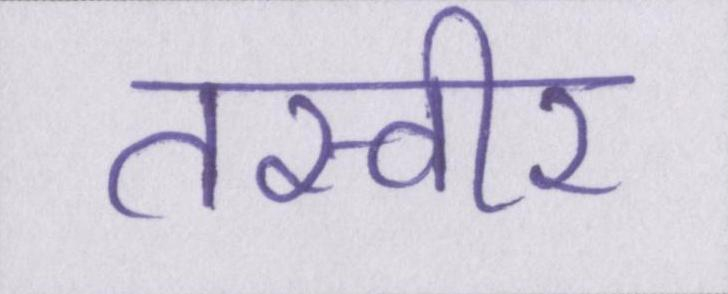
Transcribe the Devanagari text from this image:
तस्वीर